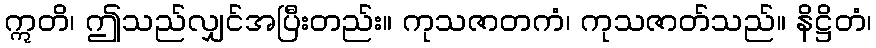
ဣတိ၊ ဤသည်လျှင်အပြီးတည်း။ ကုသဇာတကံ၊ ကုသဇာတ်သည်။ နိဋ္ဌိတံ၊